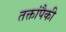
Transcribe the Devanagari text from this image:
तक्तांपैकी